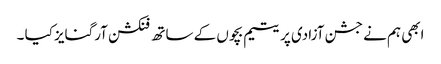
ابھی ہم نے جشن آزادی پر یتیم بچوں کے ساتھ فنکشن آرگنایز کیا ۔